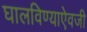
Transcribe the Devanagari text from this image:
घालविण्याऐवजी